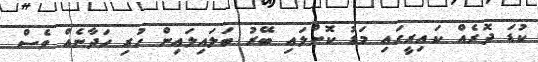
ކުޑަ ދޮރެއް ކައިރީގައި މަޑު ކޮށްލައި ބޭރު ބަލައިލައިން ހުރި ހަދާނެއް ވެސް